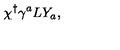
\chi ^ { \dagger } \gamma ^ { a } L Y _ { a } ,